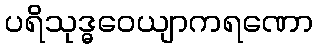
ပရိသုဒ္ဓဝေယျာကရဏော